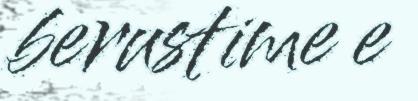
berustime e